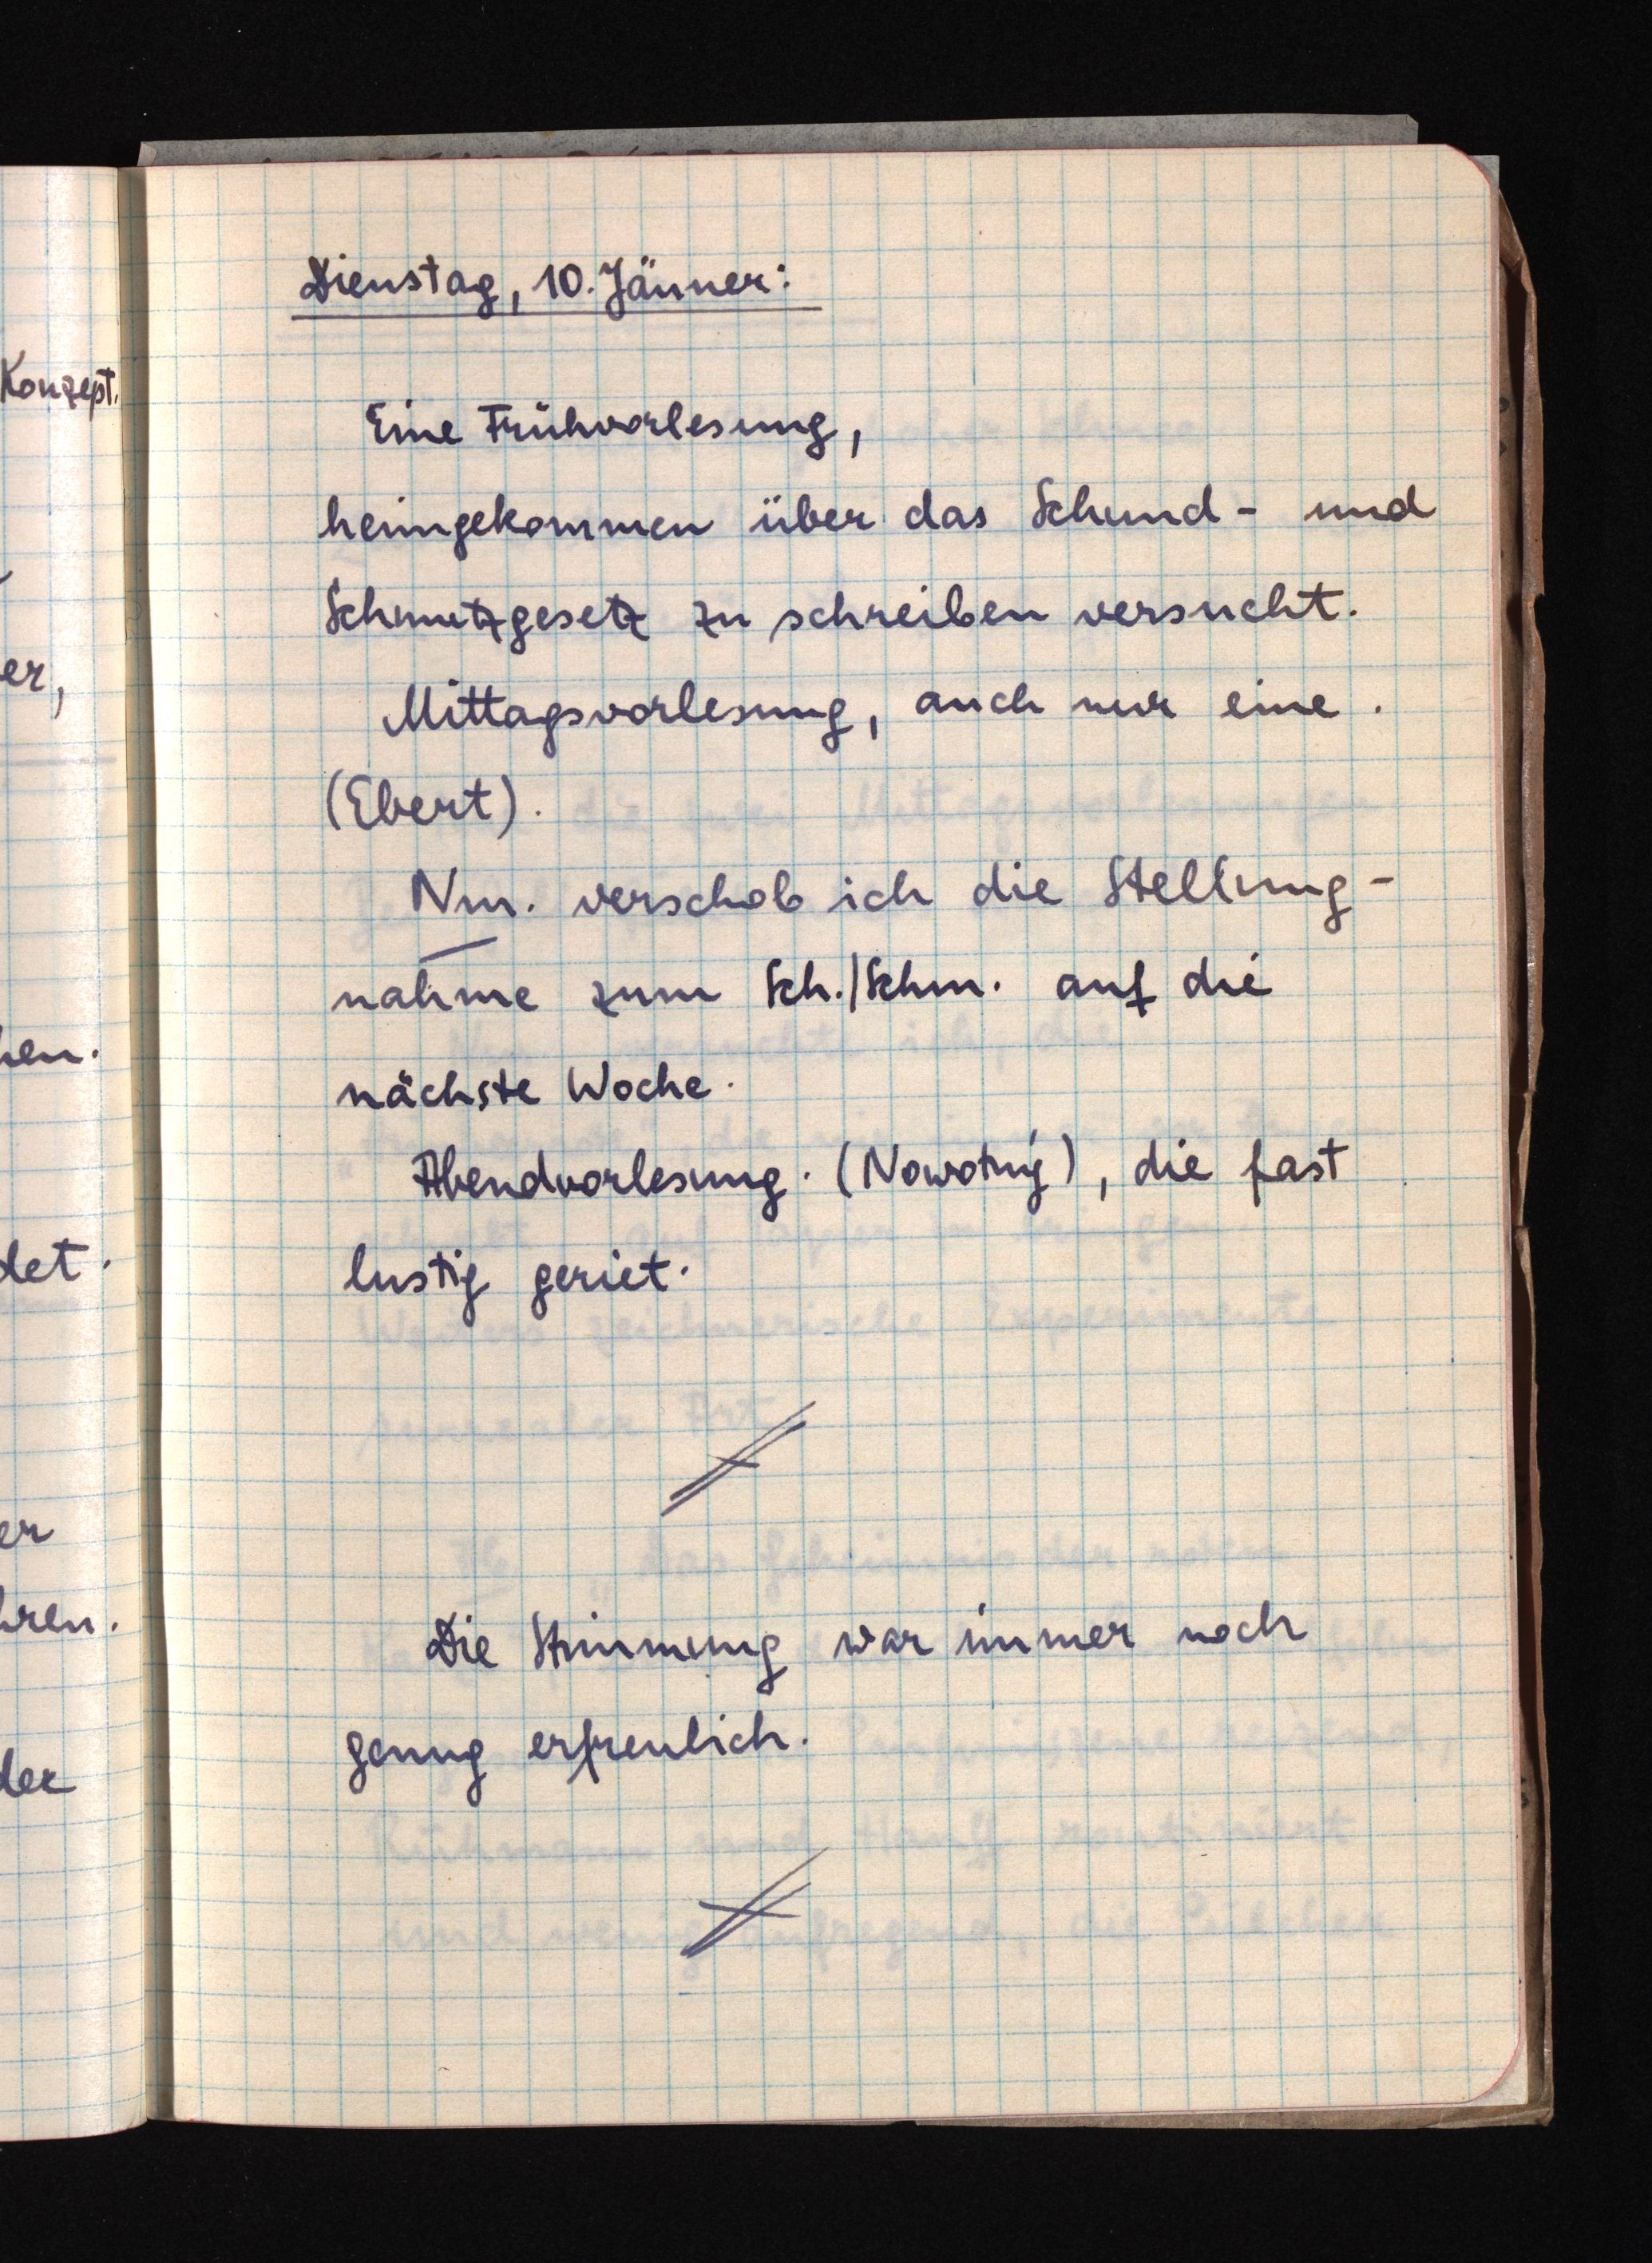
Dienstag, 10. Jänner:
Eine Frühvorlesung,
heimgekommen über das Schund- und
Schmutzgesetz zu schreiben versucht.
Mittagsvorlesung, auch nur eine.
(Ebert).
Nm. verschob ich die Stellung
nahme zum Sch./Schm. auf die
nächste Woche.
Abendvorlesung (Nowotný), die fast
lustig geriet.
Die Stimmung war immer noch
genug erfreulich.